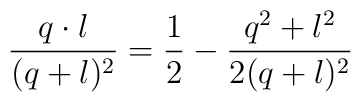
{q\cdot l\over(q+l)^2}={1\over2}-{q^2+l^2\over2(q+l)^2}